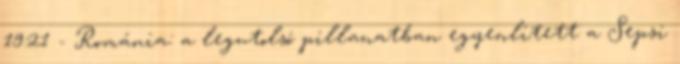
19:21 - Románia: a legutolsó pillanatban egyenlített a Sepsi